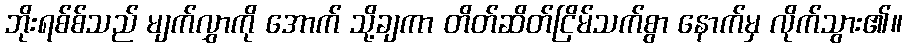
ဘိုးရစ်စ်သည် မျက်လွှာကို အောက် သို့ချကာ တိတ်ဆိတ်ငြိမ်သက်စွာ နောက်မှ လိုက်သွား၏။